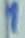
Text: 1